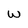
Character: W